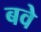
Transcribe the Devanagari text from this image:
बवे